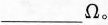
___\Omega 。